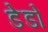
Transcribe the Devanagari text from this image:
डेडो